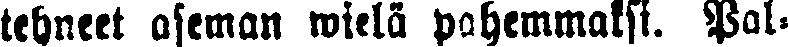
tehneet aseman wielä pahemmaksi. Pal-